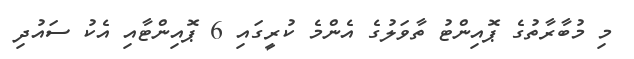
މި މުބާރާތުގެ ޕޮއިންޓު ތާވަލުގެ އެންމެ ކުރީގައި 6 ޕޮއިންޓާއި އެކު ސައުދި